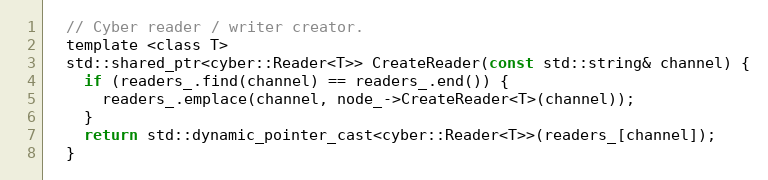
Language: C
  // Cyber reader / writer creator.
  template <class T>
  std::shared_ptr<cyber::Reader<T>> CreateReader(const std::string& channel) {
    if (readers_.find(channel) == readers_.end()) {
      readers_.emplace(channel, node_->CreateReader<T>(channel));
    }
    return std::dynamic_pointer_cast<cyber::Reader<T>>(readers_[channel]);
  }